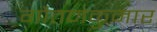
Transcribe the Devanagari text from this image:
गौतमकुमार